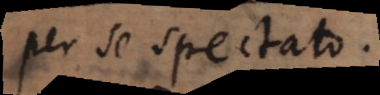
per se spectato.